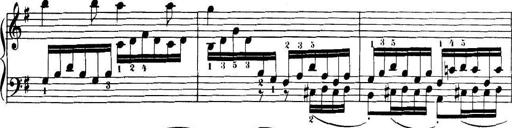
Title: 32 Sonatinas and Rondos for the Piano
Composer: Richard Kleinmichel